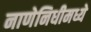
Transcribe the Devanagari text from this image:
नाणेनिधीमध्ये